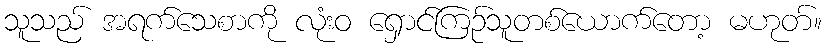
သူသည် အရက်သေစာကို လုံးဝ ရှောင်ကြဉ်သူတစ်ယောက်တော့ မဟုတ်။